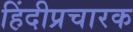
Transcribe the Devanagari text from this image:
हिंदीप्रचारक